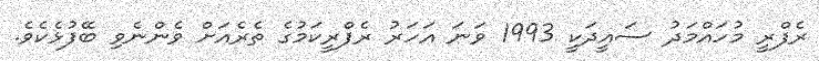
ރެފްރީ މުހައްމަދު ސައީދަކީ 1993 ވަނަ އަހަރު ރެފްރީކަމުގެ ތެރެއަށް ވެންނެވި ބޭފުޅެކެވެ.